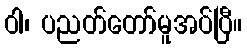
ဝါ၊ ပညတ်တော်မူအပ်ပြီ။